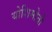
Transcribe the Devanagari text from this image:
योशिमोतो